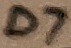
Text: D7